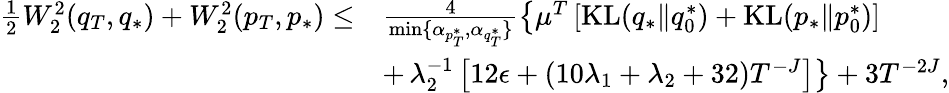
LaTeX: \begin{array}{rl}{\frac{1}{2}W_{2}^{2}(q_{T},q_{*})+W_{2}^{2}(p_{T},p_{*})\leq}&{\frac{4}{\operatorname*{min}\{ \alpha_{p_{T}^{*}},\alpha_{q_{T}^{*}}\} }\left\{ \mu^{T}\left[\mathrm{KL}(q_{*}\| q_{0}^{*})+\mathrm{KL}(p_{*}\| p_{0}^{*})\right]\right.}\\ &{+\left.\lambda_{2}^{-1}\left[12\epsilon+(10\lambda_{1}+\lambda_{2}+32)T^{-J}\right]\right\} +3T^{-2J},}\end{array}